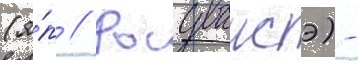
(я́п // Росуваисэ) -